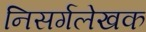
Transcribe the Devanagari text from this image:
निसर्गलेखक